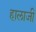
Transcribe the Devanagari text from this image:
हालाजी